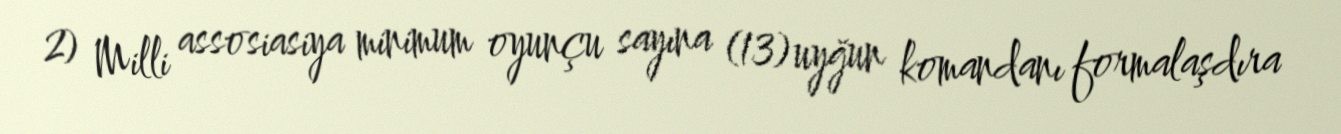
2) Milli assosiasiya minimum oyunçu sayına (13) uyğun komandanı formalaşdıra